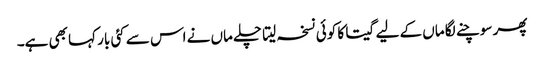
پھر سوچنے لگا ماں کے لیے گیتا کا کوئی نسخہ لیتا چلے ماں نے اس سے کئی بار کہا بھی ہے۔